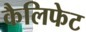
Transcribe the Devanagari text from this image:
कैलिफेट